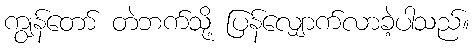
ကျွန်တော် တဲဘက်သို့ ပြန်လျှောက်လာခဲ့ပါသည်။